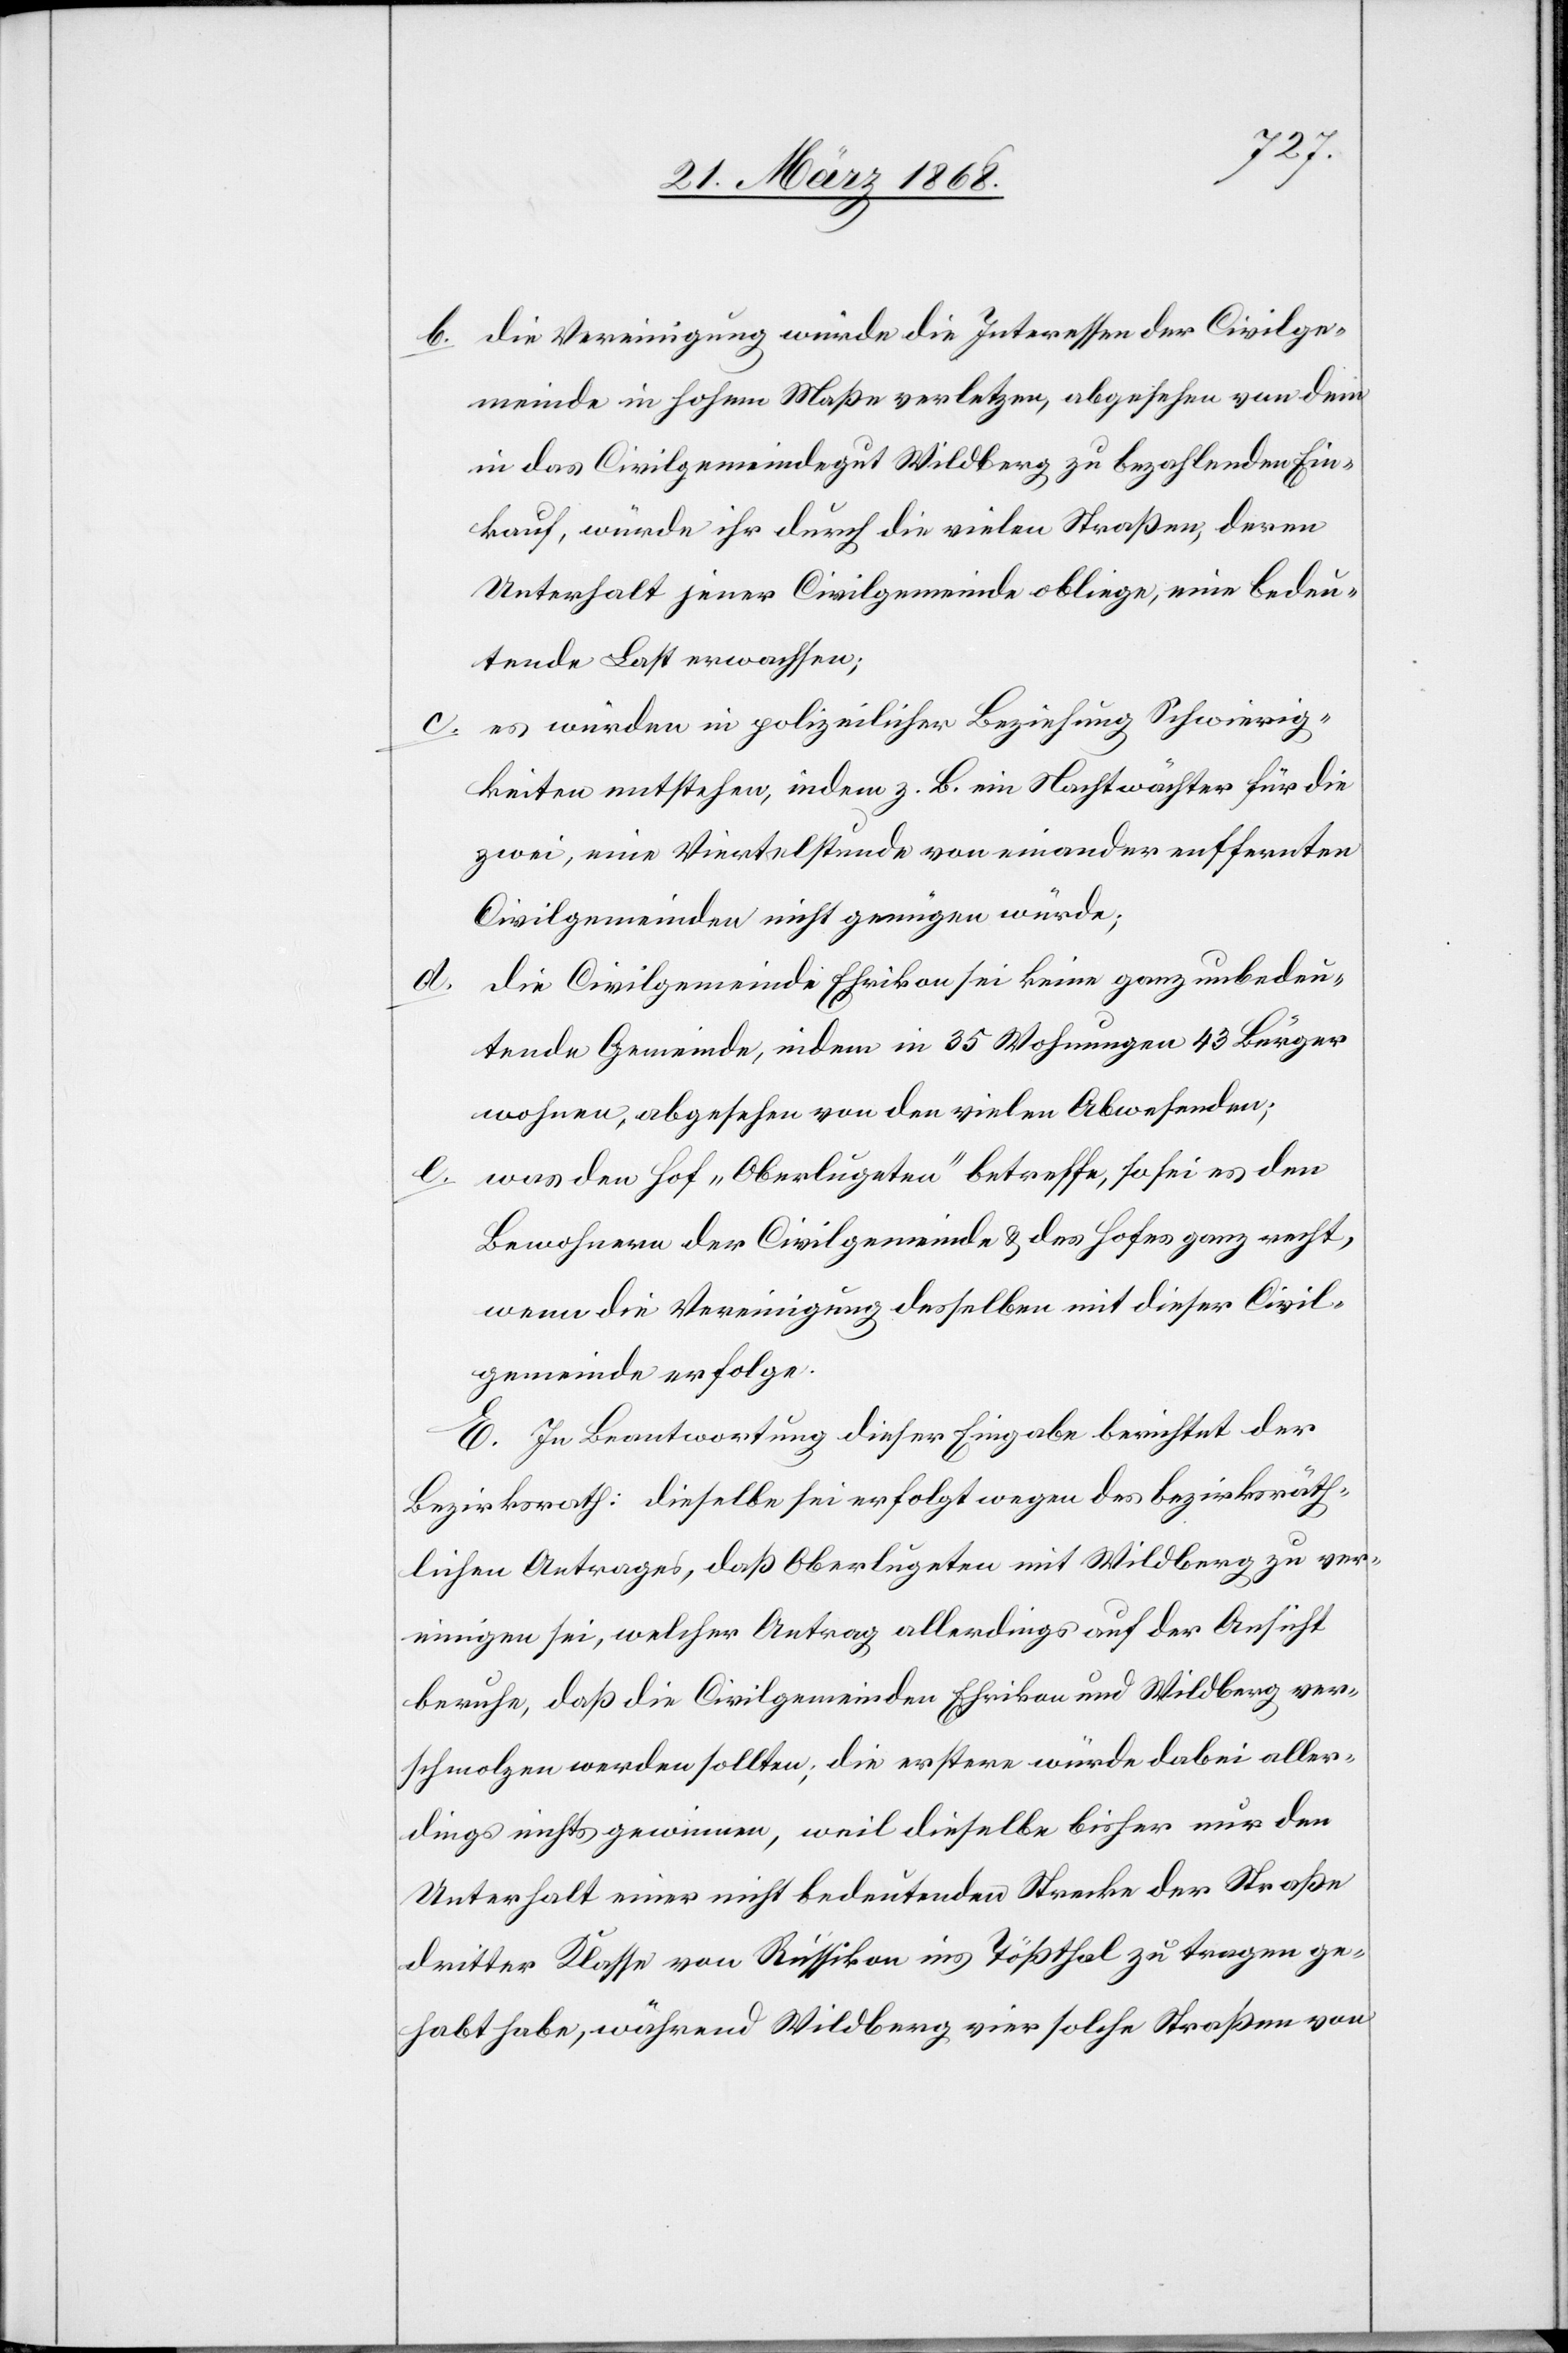
die Vereinigung würde die Interessen der Civilge¬
meinde in hohem Maße verletzen, abgesehen von dem
in das Civilgemeindegut Wildberg zu bezahlenden Ein¬
kauf, würde ihr durch die vielen Straßen, deren
Unterhalt jener Civilgemeinde obliege, eine bedeu¬
tende Last erwachsen;
es würden in polizeilicher Beziehung Schwierig¬
keiten entstehen, indem z. B. ein Nachtwächter für die
zwei, eine Viertelstunde von einander entfernten
Civilgemeinden nicht genügen würde;
die Civilgemeinde Ehrikon sei keine ganz unbedeu¬
b.
tende Gemeinde, indem in 35 Wohnungen 43 Bürger
wohnen, abgesehen von den vielen Abwesenden;
was den Hof „Oberlugeten“ betreffe, so sei es den
Bewohnern der Civilgemeinde & des Hofes ganz recht,
wenn die Vereinigung desselben mit dieser Civil¬
gemeinde erfolge.
E. In Beantwortung dieser Eingabe berichtet der
Bezirksrath: dieselbe sei erfolgt wegen des bezirksräth¬
lichen Antrages, daß Oberlugeten mit Wildberg zu ver¬
einigen sei, welcher Antrag allerdings auf der Ansicht
beruhe, daß die Civilgemeinden Ehrikon und Wildberg ver¬
schmolzen werden sollten; die erstere würde dabei aller¬
dings nichts gewinnen, weil dieselbe bisher nur den
Unterhalt einer nicht bedeutenden Strecke der Straße
dritter Klasse von Russikon ins Tößthal zu tragen ge¬
habt habe, während Wildberg vier solche Straßen von